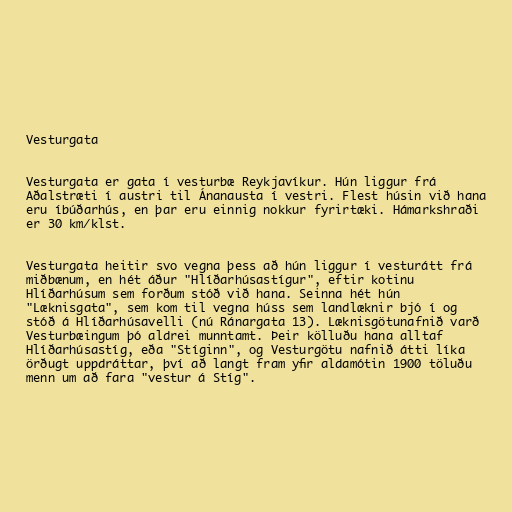
Vesturgata

Vesturgata er gata í vesturbæ Reykjavíkur. Hún liggur frá
Aðalstræti í austri til Ánanausta í vestri. Flest húsin við hana
eru íbúðarhús, en þar eru einnig nokkur fyrirtæki. Hámarkshraði
er 30 km/klst.

Vesturgata heitir svo vegna þess að hún liggur í vesturátt frá
miðbænum, en hét áður "Hlíðarhúsastígur", eftir kotinu
Hlíðarhúsum sem forðum stóð við hana. Seinna hét hún
"Læknisgata", sem kom til vegna húss sem landlæknir bjó í og
stóð á Hlíðarhúsavelli (nú Ránargata 13). Læknisgötunafnið varð
Vesturbæingum þó aldrei munntamt. Þeir kölluðu hana alltaf
Hlíðarhúsastíg, eða "Stíginn", og Vesturgötu nafnið átti líka
örðugt uppdráttar, því að langt fram yfir aldamótin 1900 töluðu
menn um að fara "vestur á Stíg".